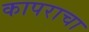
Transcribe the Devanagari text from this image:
कापराचा